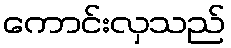
ကောင်းလှသည်